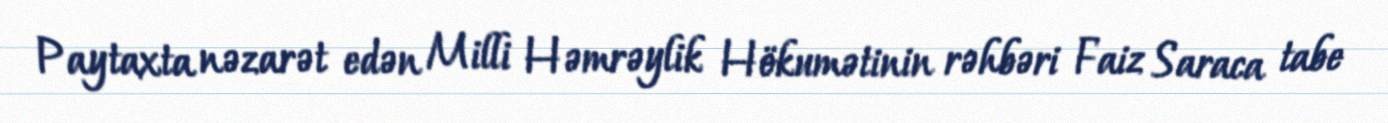
Paytaxta nəzarət edən Milli Həmrəylik Hökumətinin rəhbəri Faiz Saraca tabe